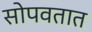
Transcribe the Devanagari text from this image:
सोपवतात